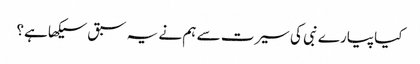
کیا پیارے نبی کی سیرت سے ہم نے یہ سبق سیکھا ہے؟